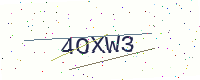
Text: 4OXW3